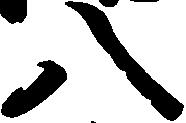
八